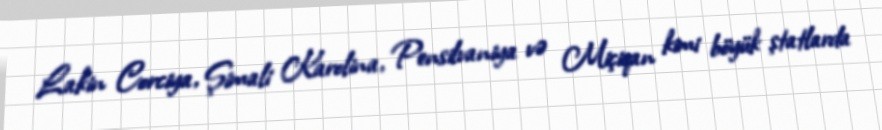
Lakin Corciya, Şimali Karolina, Pensilvaniya və Miçiqan kimi böyük ştatlarda